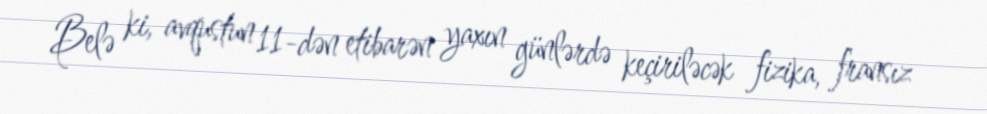
Belə ki, avqustun 11-dən etibarən yaxın günlərdə keçiriləcək fizika, fransız